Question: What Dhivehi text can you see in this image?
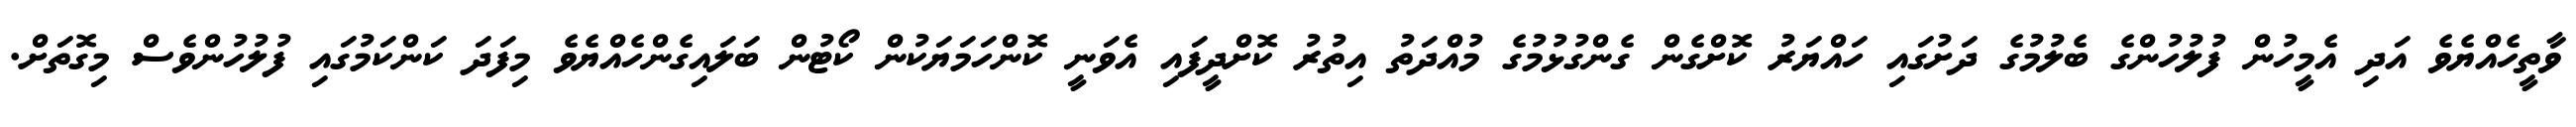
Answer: ވާތީހެއްޔެވެ އަދި އެމީހުން ފުލުހުންގެ ބެލުމުގެ ދަށުގައި ހައްޔަރު ކޮށްގެން ގެންގުޅުމުގެ މުއްދަތު އިތުރު ކޮށްދީފައި އެވަނީ ކޮންހަމަޔަކުން ކޯޓުން ބަލައިގެންހެއްޔެވެ މިފަދަ ކަންކަމުގައި ފުލުހުންވެސް މިގޮތަށް.